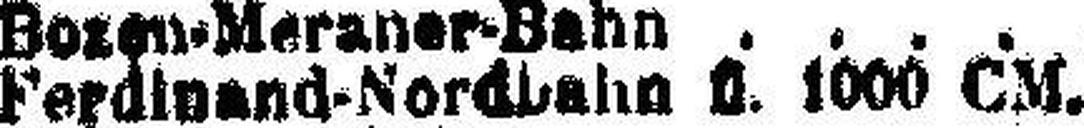
Ferdinand-Nordbahn fl. 1000 CM.